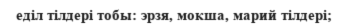
еділ тілдері тобы: эрзя, мокша, марий тілдері;